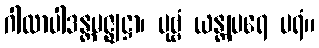
ဂါထာပါဒန္တမဇ္ဈဋ္ဌာ၊ ပုဗ္ဗံ ယန္တျပရေ ပရံ။